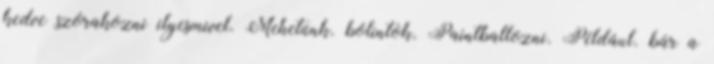
kedve szórakozni ilyesmivel. Mehetünk. bólintok. Paintballozni. Például. bár a